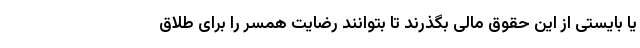
یا بایستی از این حقوق مالی بگذرند تا بتوانند رضایت همسر را برای طلاق